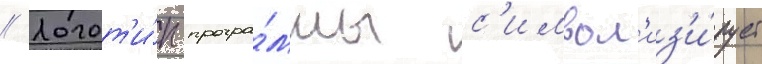
// Логот'и́п програ́ммы с'имвол'из'и́рует